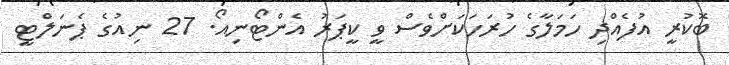
ބޮކުރީ އުފެއްދި ހަމަލާގެ ހުރަހަކަށްވެސް ވީ ކީޕަރު އެންޓޯނިއޯ. 27 ނިއުގެ ޕެނަލްޓީ